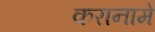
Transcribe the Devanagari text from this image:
करानामे